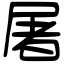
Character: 屠